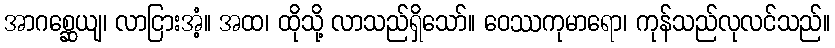
အာဂစ္ဆေယျ၊ လာငြားအံ့။ အထ၊ ထိုသို့ လာသည်ရှိသော်။ ဝေဿကုမာရော၊ ကုန်သည်လုလင်သည်။